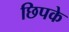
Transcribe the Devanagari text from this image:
छिपके